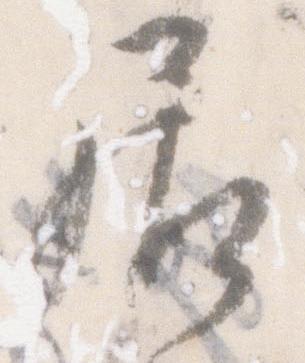
居